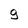
Character: g